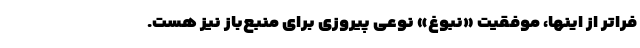
فراتر از اینها، موفقیت «نبوغ» نوعی پیروزی برای منبع‌باز نیز هست.